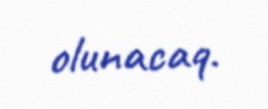
olunacaq.